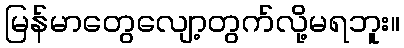
မြန်မာတွေလျော့တွက်လို့မရဘူး။